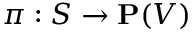
\pi : S \to \mathbf { P } ( V )